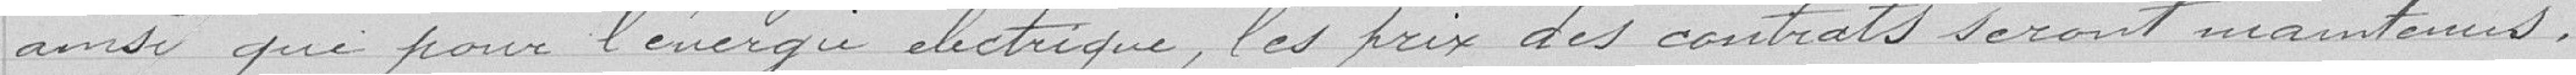
ainsi que pour l'énergie électrique, les prix des contrats seront maintenus.